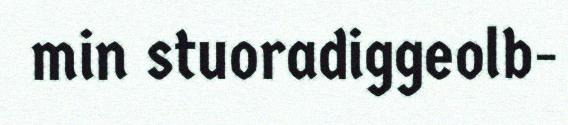
min stuoradiggeolb-